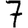
Digit: 7